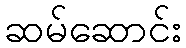
ဆမ်ဆောင်း